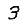
Digit: 3